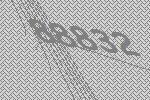
88832